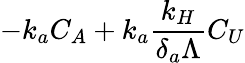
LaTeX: -k_{a}C_{A}+k_{a}\frac{k_{H}}{\delta_{a}\Lambda}C_{U}